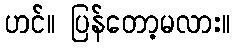
ဟင်။ ပြန်တော့မလား။